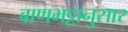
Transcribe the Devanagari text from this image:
बाणभट्टानुसार